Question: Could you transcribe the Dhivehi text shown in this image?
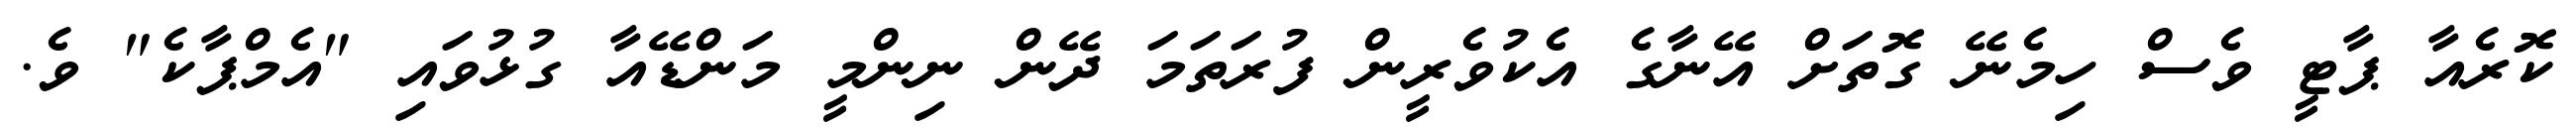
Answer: ކޮރެއާ ޕާޓީ ވެސް ހިމެނޭ ގޮތަށް އޭނާގެ އެކުވެރީން ފުރަތަމަ ދޭން ނިންމީ މަންޑޭއާ ގުޅުވައި "އެމްޕާކެ" ވެ.